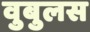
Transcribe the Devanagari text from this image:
वुबुलस